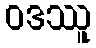
ဝဒဿူ